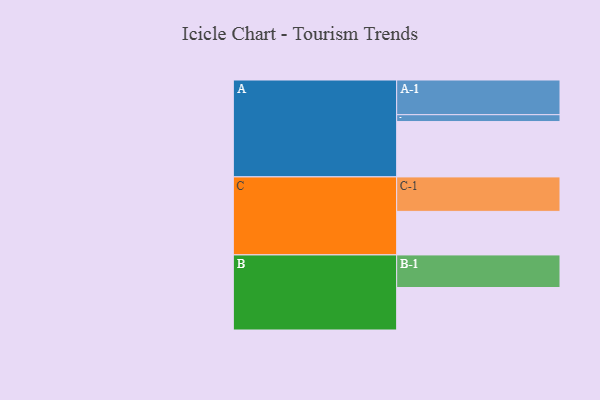
{"axis": {"x": "Segment", "y": "Value"}, "legend": ["", "A", "B", "C"], "data": [{"x": "A", "y": 469, "type": ""}, {"x": "B", "y": 360, "type": ""}, {"x": "C", "y": 369, "type": ""}, {"x": "A-1", "y": 294, "type": "A"}, {"x": "A-2", "y": 58, "type": "A"}, {"x": "B-1", "y": 276, "type": "B"}, {"x": "C-1", "y": 292, "type": "C"}]}